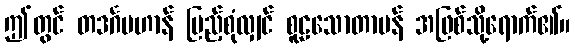
ဤတွင် တဒင်္ဂပဟာန် ပြည့်စုံလျှင် စူဠသောတာပန် အဖြစ်သို့ရောက်၏။